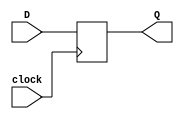


module D_Q (clock,D,Q);
  input D;
  input clock;
  
  output reg Q;
 
  
  
  always @(posedge clock)
  Q<=D;
endmodule


module D_Q_DUT;
  reg Tclock=0, TD;
  wire TQ;
  
  always 
  #5 Tclock=~Tclock;
  
  initial begin
    TD = 1;
    #30;
    TD = 0;
    #10
    TD = 1;
  end
  
  D_Q m (Tclock, TD, TQ);
endmodule